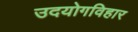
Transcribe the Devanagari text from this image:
उदयोगविहार